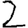
Digit: 2